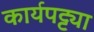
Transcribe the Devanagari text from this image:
कार्यपट्ट्या